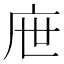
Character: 𢇸